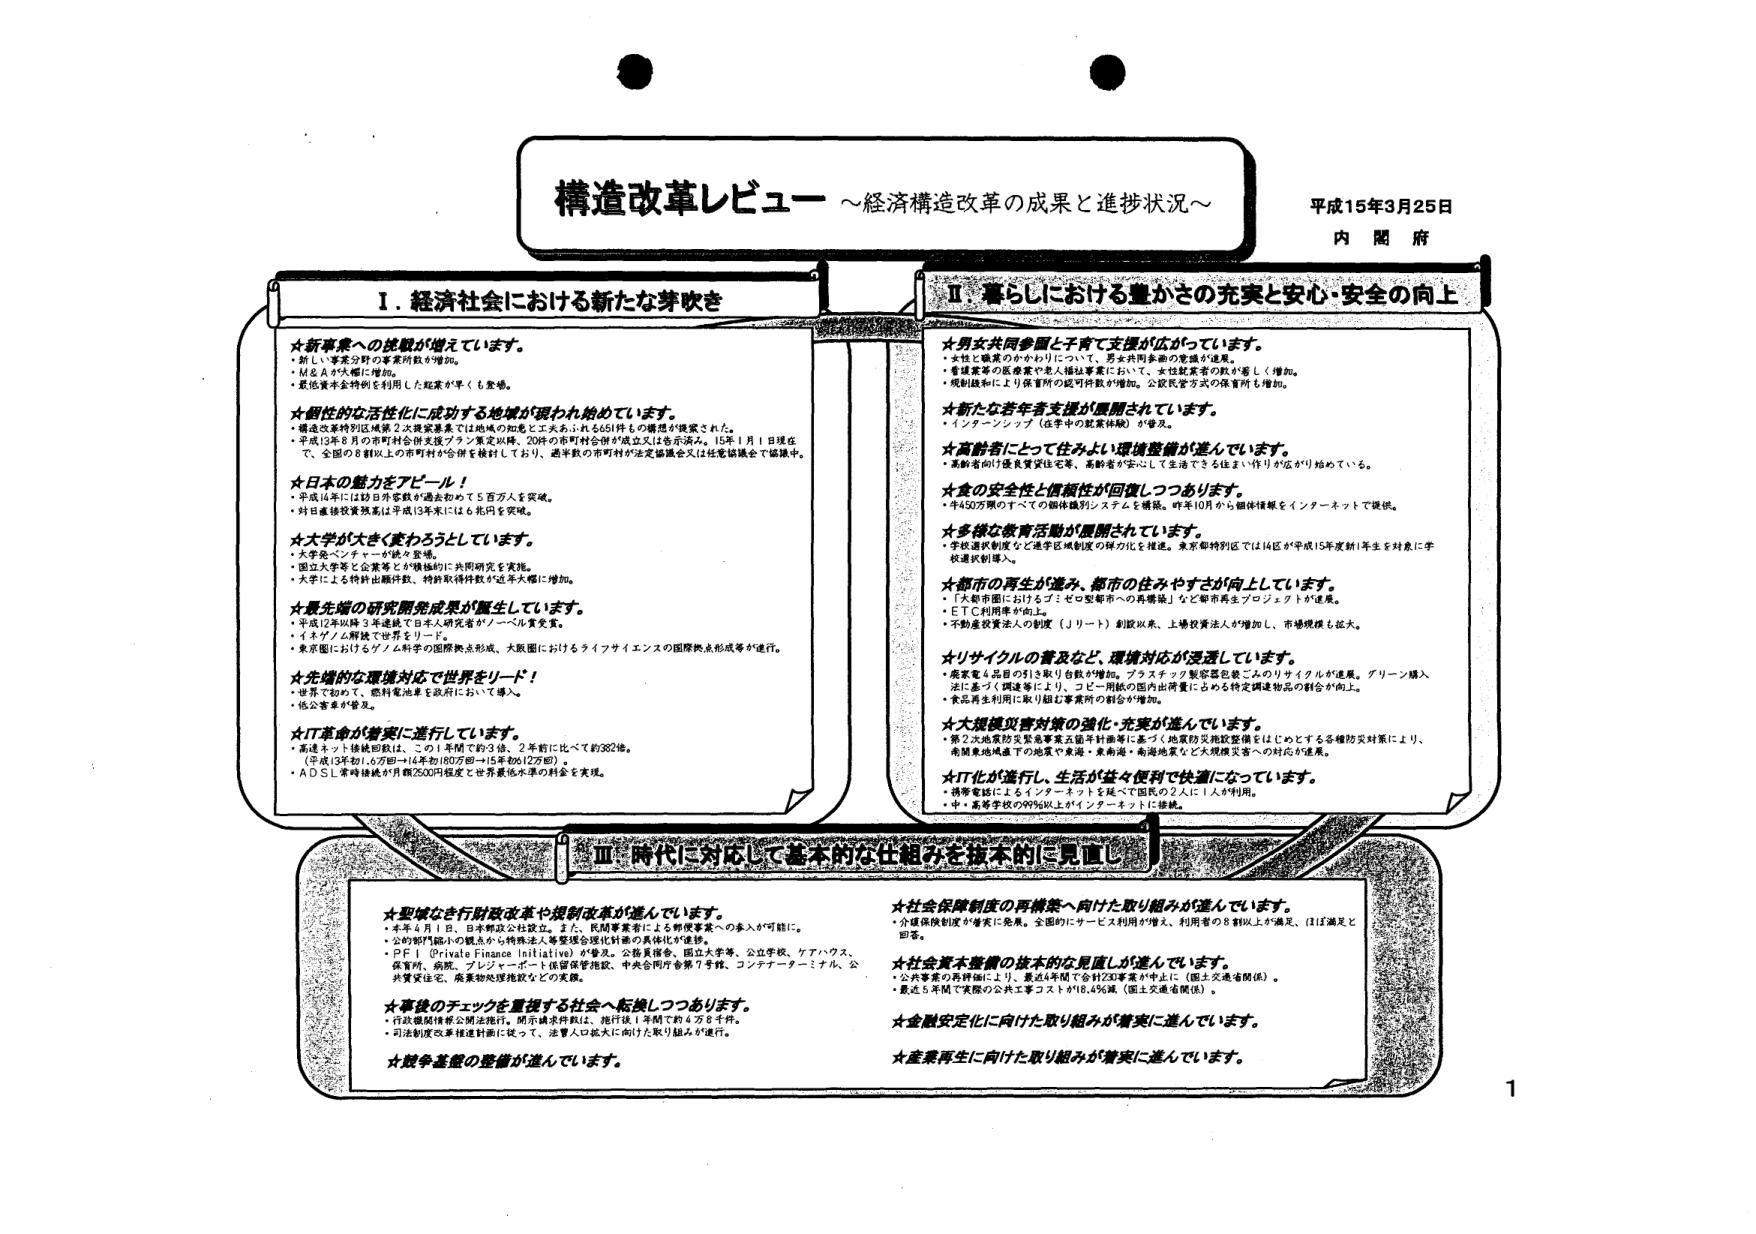
構造改革レビュー ～経済構造改革の成果と進捗状況～

平成15年3月25日
内閣府

Ⅰ．経済社会における新たな芽吹き

★新事業への挑戦が増えています。
・新しい事業分野の事業所数が増加。
・M＆Aが大幅に増加。
・最低賃金金額を活用した起業が早くも登場。

★個性的な活性化に成功する地域が現れ始めています。
・構造改革特別区域第2次提案募集では地域の知恵と工夫あふれる661件もの構想が提案された。
・平成13年8月の市町村合併支援プラン策定以降、20%の市町村合併が成立又は合意済み。15年1月1日現在で、全国の8割以上の市町村が合併を検討しており、過半数の市町村が法定協議会又は任意協議会で協議中。

★日本の魅力をアピール！
・平成14年には訪日外客数が過去初めて5百万人を突破。
・対日直接投資残高は平成13年末には6兆円を突破。

★大学が大きく変わろうとしています。
・大学オープンデータが徐々に整備。
・国立大学等と企業等とが積極的に共同研究を実施。
・大学による特許出願件数、特許取得件数が近年大幅に増加。

★最先端の研究開発成果が誕生しています。
・平成12年以降3年連続で日本人研究者がノーベル賞受賞。
・イネゲノム解読で世界をリード。
・東京圏におけるゲノム科学の国際拠点形成、大阪圏におけるライフサイエンスの国際拠点形成等が進行。

★先端的な環境対応で世界をリード！
・世界で初めて、燃料電池車を政府において導入。
・低公害車が普及。

★IT革命が着実に進行しています。
・高速ネット接続回数は、の1年間で約3倍、2年前に比べて約382倍。
（平成13年初1.6万回→14年初180万回→15年初612万回）。
・ADSL常時接続が月額2500円程度と世界最低水準の料金を実現。

Ⅱ．暮らしにおける豊かさの充実と安心・安全の向上

★男女共同参画と子育て支援が広がっています。
・女性と職業のかかわりについて、男女共同参画の意識が進展。
・看護業等の医療業や老人福祉事業において、女性就業者の数が著しく増加。
・規制緩和により保育所の認可件数が増加。公設民営方式の保育所も増加。

★新たな若年者支援が展開されています。
・インターンシップ（在学中の就業体験）が普及。

★高齢者にとって住みよい環境整備が進んでいます。
・高齢者が住み良質住宅や、高齢者が安心して生活できる住まい作りが広がり始めている。

★食の安全性と信頼性が回復しつつあります。
・年450万棟のすべての個体識別システムを構築。昨年10月から個体情報をインターネットで提供。

★多様な教育活動が展開されています。
・学校選択制度など進学区域制度の弾力化を推進。東京都特別区では14区が平成15年度新1年生を対象に学校選択制導入。

★都市の再生が進み、都市の住みやすさが向上しています。
・「大都市圏におけるゴミゼロ型都市への再構築」など都市再生プロジェクトが進展。
・ETC利用率が向上。
・不動産投資法人の制度（Jリート）創設以来、上場投資法人が増加し、市場規模も拡大。

★リサイクルの普及など、環境対応が浸透しています。
・家庭4品目の引き取り台数が増加。プラスチック製容器包装ごみのリサイクルが進展。グリーン購入法に基づく調達等により、コピー用紙の国内出荷量に占める特定調達物品の割合が向上。
・食品再生利用に取り組む事業所の割合が増加。

★大規模災害対策の強化・充実が進んでいます。
・第2次地震防災緊急事業五箇年計画等に基づく地震防災施設整備をはじめとする各種防災対策により、南海東海地震下の地震や東海・東南海・南海地震など大規模災害への対応が進展。

★IT化が進行し、生活が益々便利で快適になっています。
・携帯電話によるインターネットを延べで国民の2人に1人が利用。
・中・高等学校の99%以上がインターネットに接続。

Ⅲ．時代に対応して基本的な仕組みを抜本的に見直し

★堅健な行財政改革や規制改革が進んでいます。
・平年4月1日、日本郵政公社設立。また、民間事業者による郵便事業への参入が可能に。
・公的部門縮小の観点から特殊法人等整理合理化計画の具体化が進捗。
・PFI（Private Finance Initiative）が普及。公務員宿舎、国立大学等、公立学校、ケアハウス、保育所、病院、プレイヤーー1世帯保育施設、中央合同庁舎第7号館、コンテナターミナル、公共賃貸住宅、廃棄物処理施設などの実施。

★事後的チェックを重視する社会へ転換しつつあります。
・行政機関情報公開法施行。開示請求件数は、施行後1年間で約4万8千件。
・司法制度改革推進計画に従って、法曹人口拡大に向けた取り組みが進行。

★競争基盤の整備が進んでいます。

★社会保障制度の再構築へ向けた取り組みが進んでいます。
・介護保険制度が着実に発展。全国的にサービス利用が増え、利用者の8割以上が満足、ほぼ満足と回答。

★社会資本整備の抜本的な見直しが進んでいます。
・公共事業の再評価により、最近4年間で合計230事業が中止に（国土交通省関係）。
・最近5年間で実際の公共工事コストが18.4％減（国土交通省関係）。

★金融安定化に向けた取り組みが着実に進んでいます。

★産業再生に向けた取り組みが着実に進んでいます。

1